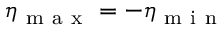
\eta _ { \mathrm { ~ m ~ a ~ x ~ } } = - \eta _ { \mathrm { ~ m ~ i ~ n ~ } }